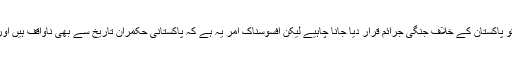
لہٰذا اس دور کے تمام واقعات کو پاکستان کے خلاف جنگی جرائم قرار دیا جانا چاہیے لیکن افسوسناک امر یہ ہے کہ پاکستانی حکمران تاریخ سے بھی ناواقف ہیں اور قومی غیرت سے بھی عاری۔